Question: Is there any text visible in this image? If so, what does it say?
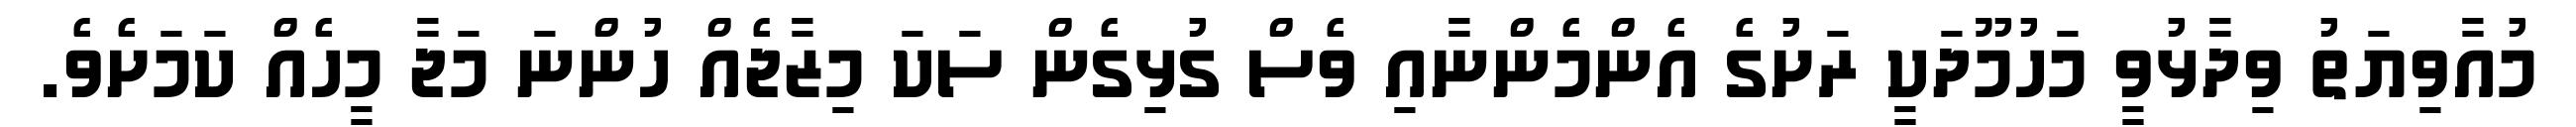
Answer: މުއާވިޔަތު ވިދާޅުވީ މަހުމޫދަކީ ރަށުގެ އެންމެންނާއި ވެސް ގުޅިގެން ސަކަ މިޒާޖެއް ހުންނަ މަޖާ މީހެއް ކަމަށެވެ.